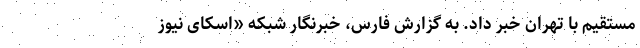
مستقیم با تهران خبر داد. به گزارش فارس،‌ خبرنگار شبکه «اسکای نیوز